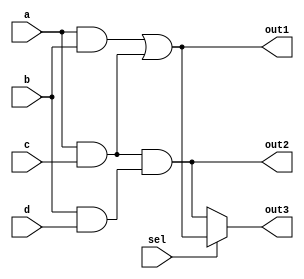
module combinational_logic (
    input wire a,
    input wire b,
    input wire c,
    input wire d,
    input wire sel,
    output wire out1,
    output wire out2,
    output wire out3
);

// Intermediate variables for common sub-expressions
wire ab;       // Common sub-expression for AND operation
wire ac;       // Another common sub-expression for AND operation
wire bd;       // Another common sub-expression for AND operation

// Common sub-expressions
assign ab = a & b; // a AND b
assign ac = a & c; // a AND c
assign bd = b & d; // b AND d

// Output logic using common sub-expressions
assign out1 = ab | ac; // Output 1: (a AND b) OR (a AND c)
assign out2 = ac & bd; // Output 2: (a AND c) AND (b AND d)
assign out3 = sel ? out1 : out2; // MUX to select between out1 and out2

endmodule